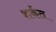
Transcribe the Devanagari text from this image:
शर्कत